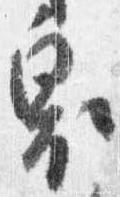
奥